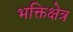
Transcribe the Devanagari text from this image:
भक्तिक्षेत्र